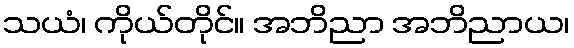
သယံ၊ ကိုယ်တိုင်။ အဘိညာ အဘိညာယ၊